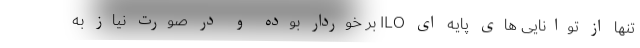
تنها از توانایی های پایه ای ILO بر خوردار بوده و در صورت نیاز به